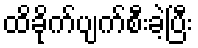
ထိခိုက်ပျက်စီးခဲ့ပြီး